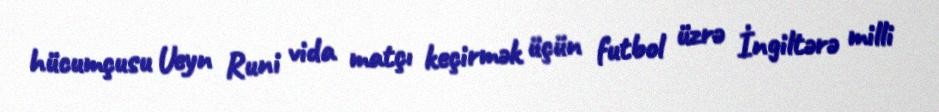
hücumçusu Ueyn Runi vida matçı keçirmək üçün futbol üzrə İngiltərə milli